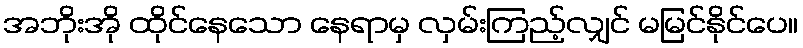
အဘိုးအို ထိုင်နေသော နေရာမှ လှမ်းကြည့်လျှင် မမြင်နိုင်ပေ။